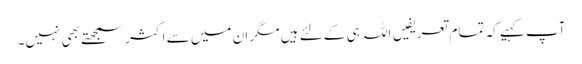
آپ کہیے کہ تمام تعریفیں اللہ ہی کے لئے ہیں مگر ان میں سے اکثر سمجھتے بھی نہیں۔